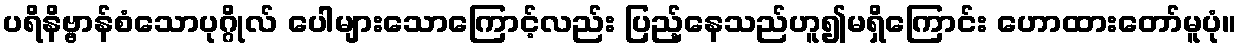
ပရိနိဗ္ဗာန်စံသောပုဂ္ဂိုလ် ပေါများသောကြောင့်လည်း ပြည့်နေသည်ဟူ၍မရှိကြောင်း ဟောထားတော်မူပုံ။